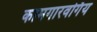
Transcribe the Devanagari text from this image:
कामगारवर्गिय